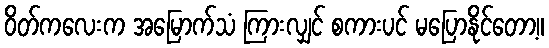
ဝိတ်ကလေးက အမြောက်သံ ကြားလျှင် စကားပင် မပြောနိုင်တော့။